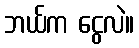
ဘယ်က ငွေလဲ။